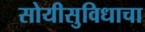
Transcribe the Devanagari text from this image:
सोयीसुविधाचा